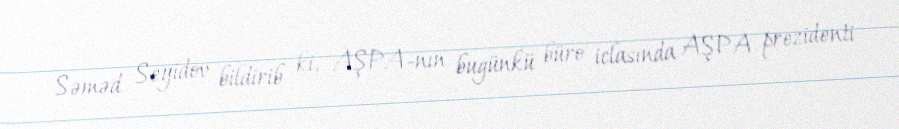
Səməd Seyidov bildirib ki, AŞPA-nın bugünkü büro iclasında AŞPA prezidenti